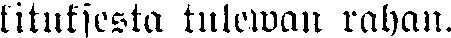
kituksesta tulewan rahan.